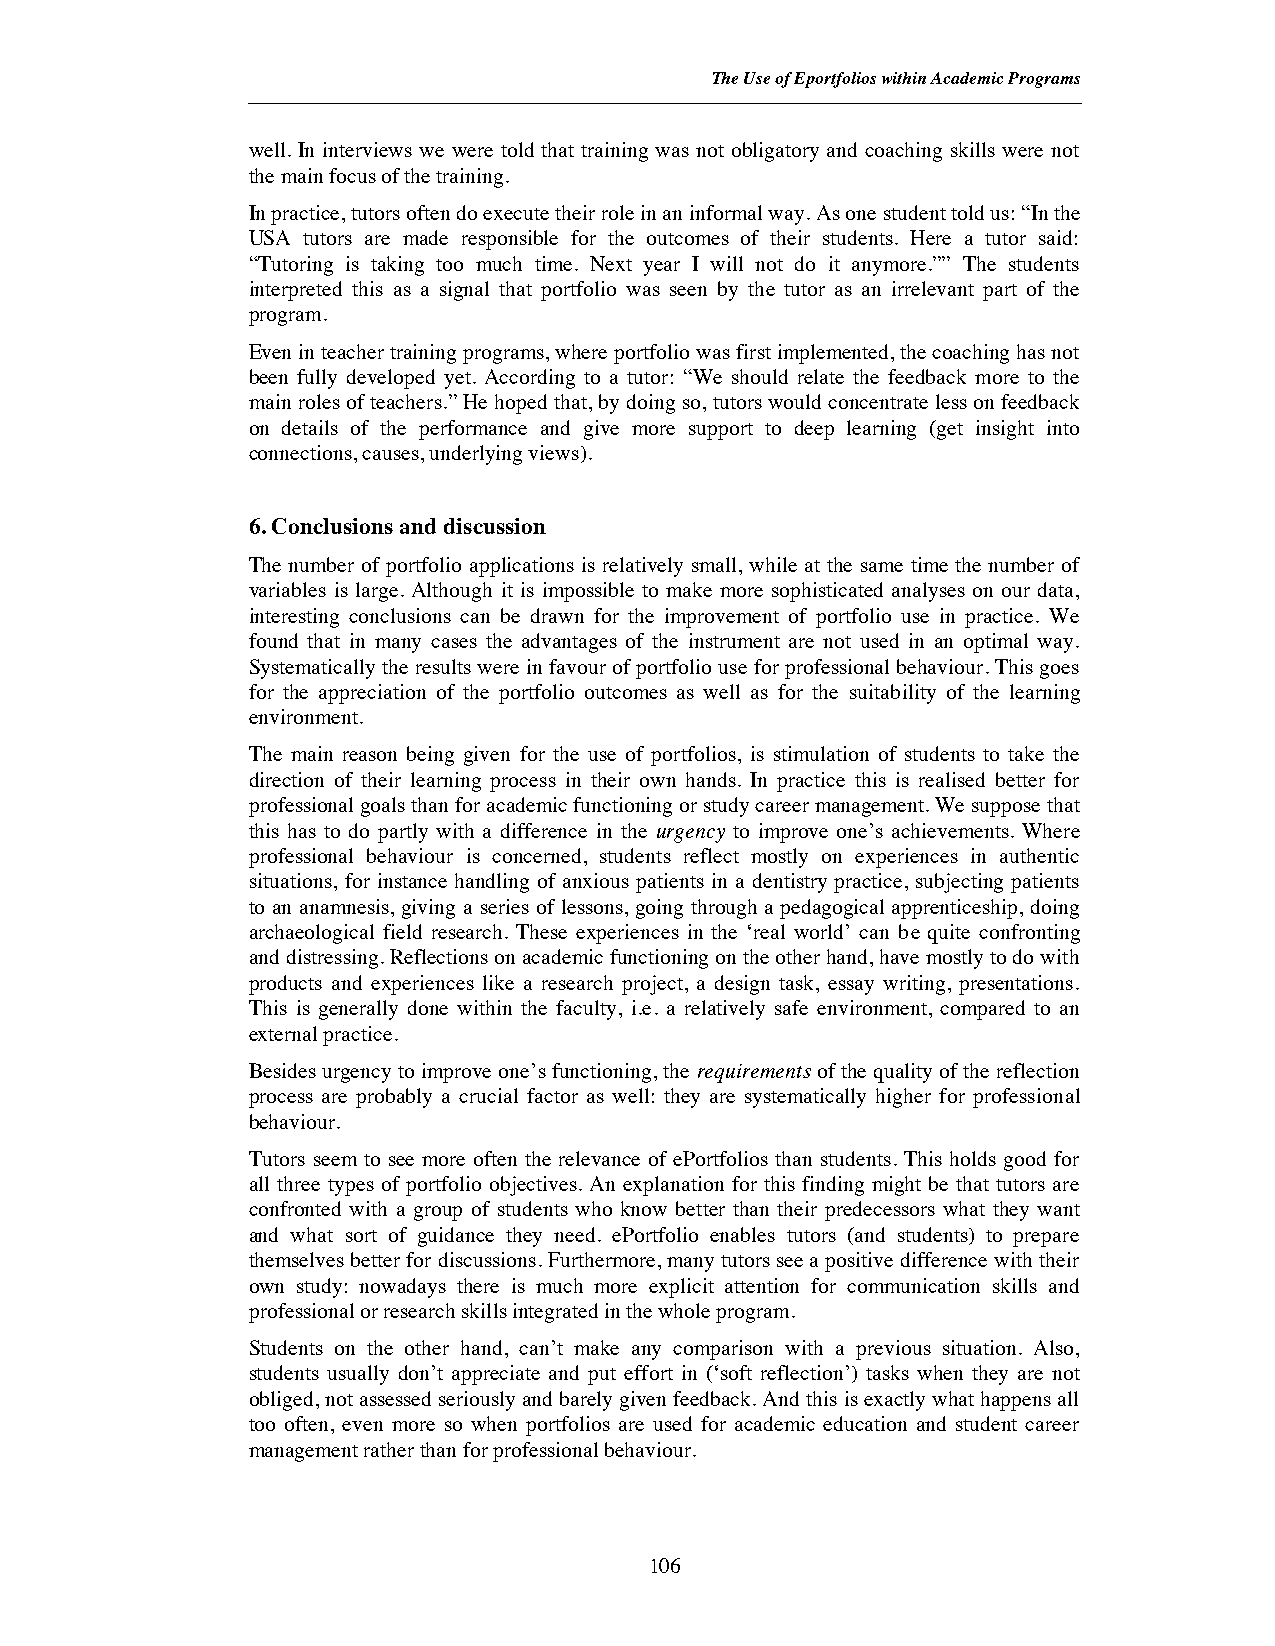
The Use of Eportfolios within Academic Programs
 well. In interviews we were told that training was not obligatory and coaching skills were not
 the main focus of the training.
 In practice, tutors often do execute their role in an informal way. As one student told us: “In the
 USA tutors are made responsible for the outcomes of their students. Here a tutor said:
 “Tutoring is taking too much time. Next year I will not do it anymore.”” The students
 interpreted this as a signal that portfolio was seen by the tutor as an irrelevant part of the
 program.
 Even in teacher training programs, where portfolio was first implemented, the coaching has not
 been fully developed yet. According to a tutor: “We should relate the feedback more to the
 main roles of teachers.” He hoped that, by doing so, tutors would concentrate less on feedback
 on details of the performance and give more support to deep learning (get insight into
 connections, causes, underlying views).
 6. Conclusions and discussion
 The number of portfolio applications is relatively small, while at the same time the number of
 variables is large. Although it is impossible to make more sophisticated analyses on our data,
 interesting conclusions can be drawn for the improvement of portfolio use in practice. We
 found that in many cases the advantages of the instrument are not used in an optimal way.
 Systematically the results were in favour of portfolio use for professional behaviour. This goes
 for the appreciation of the portfolio outcomes as well as for the suitability of the learning
 environment.
 The main reason being given for the use of portfolios, is stimulation of students to take the
 direction of their learning process in their own hands. In practice this is realised better for
 professional goals than for academic functioning or study career management. We suppose that
 this has to do partly with a difference in the urgency to improve one’s achievements. Where
 professional behaviour is concerned, students reflect mostly on experiences in authentic
 situations, for instance handling of anxious patients in a dentistry practice, subjecting patients
 to an anamnesis, giving a series of lessons, going through a pedagogical apprenticeship, doing
 archaeological field research. These experiences in the ‘real world’ can be quite confronting
 and distressing. Reflections on academic functioning on the other hand, have mostly to do with
 products and experiences like a research project, a design task, essay writing, presentations.
 This is generally done within the faculty, i.e. a relatively safe environment, compared to an
 external practice.
 Besides urgency to improve one’s functioning, the requirements of the quality of the reflection
 process are probably a crucial factor as well: they are systematically higher for professional
 behaviour.
 Tutors seem to see more often the relevance of ePortfolios than students. This holds good for
 all three types of portfolio objectives. An explanation for this finding might be that tutors are
 confronted with a group of students who know better than their predecessors what they want
 and what sort of guidance they need. ePortfolio enables tutors (and students) to prepare
 themselves better for discussions. Furthermore, many tutors see a positive difference with their
 own study: nowadays there is much more explicit attention for communication skills and
 professional or research skills integrated in the whole program.
 Students on the other hand, can’t make any comparison with a previous situation. Also,
 students usually don’t appreciate and put effort in (‘soft reflection’) tasks when they are not
 obliged, not assessed seriously and barely given feedback. And this is exactly what happens all
 too often, even more so when portfolios are used for academic education and student career
 management ratherthan for professional behaviour.
 106